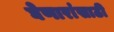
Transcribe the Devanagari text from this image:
घेणारांसाठी